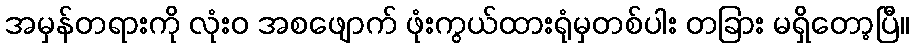
အမှန်တရားကို လုံးဝ အစဖျောက် ဖုံးကွယ်ထားရုံမှတစ်ပါး တခြား မရှိတော့ပြီ။